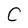
Character: C